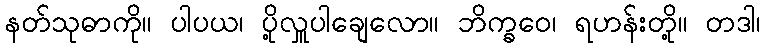
နတ်သုဓာကို။ ပါပယ၊ ပို့လှူပါချေလော။ ဘိက္ခဝေ၊ ရဟန်းတို့။ တဒါ၊